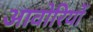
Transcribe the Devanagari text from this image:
आवोरियों